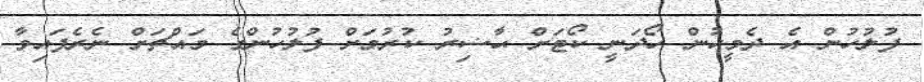
ފުލުހުން އެ ދެމީހުން ހޯދަނީ ކޯޓަށް ޙާޟިރު ކުރުމަށް ފުލުހުންގެ މައްޗަށް ނެރެފައިވާ